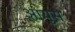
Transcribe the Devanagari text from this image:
आयुस